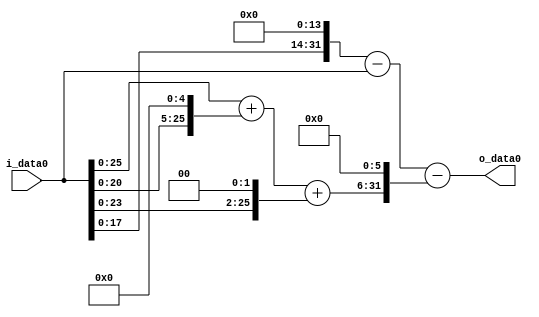
module multiplier_block (
    i_data0,
    o_data0
);

  // Port mode declarations:
  input   [31:0] i_data0;
  output  [31:0]
    o_data0;

  //Multipliers:

  wire [31:0]
    w1,
    w16384,
    w16383,
    w32,
    w33,
    w4,
    w37,
    w2368,
    w14015;

  assign w1 = i_data0;
  assign w14015 = w16383 - w2368;
  assign w16383 = w16384 - w1;
  assign w16384 = w1 << 14;
  assign w2368 = w37 << 6;
  assign w32 = w1 << 5;
  assign w33 = w1 + w32;
  assign w37 = w33 + w4;
  assign w4 = w1 << 2;

  assign o_data0 = w14015;

  //multiplier_block area estimate = 6350.09758873383;
endmodule